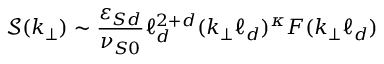
\mathcal { S } ( k _ { \perp } ) \sim \frac { \varepsilon _ { S d } } { \nu _ { S 0 } } \ell _ { d } ^ { 2 + d } ( k _ { \perp } \ell _ { d } ) ^ { \kappa } F ( k _ { \perp } \ell _ { d } )